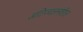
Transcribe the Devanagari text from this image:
अतिज्वलनशील